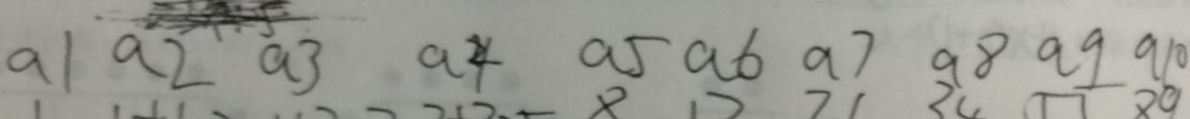
a 1 a 2 a 3 a 4 a 5 a 6 a 7 a 8 a 9 a 1 0